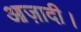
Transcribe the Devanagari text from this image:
आज़ादी।